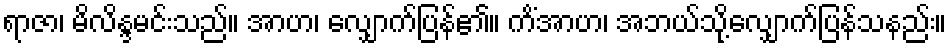
ရာဇာ၊ မိလိန္ဒမင်းသည်။ အာဟ၊ လျှောက်ပြန်၏။ ကိံအာဟ၊ အဘယ်သို့လျှောက်ပြန်သနည်း။